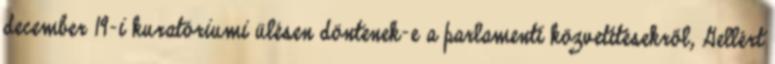
december 19-i kuratóriumi ülésen döntenek-e a parlamenti közvetítésekről, Gellért